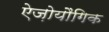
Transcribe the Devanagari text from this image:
ऐज़ोयौगिक